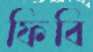
ফিবি